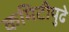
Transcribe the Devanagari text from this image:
कमिटीपुढे